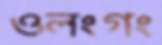
ওলংগং